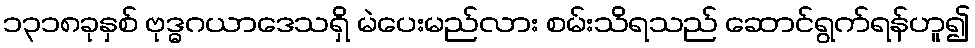
၁၃၁၈ခုနှစ် ဗုဒ္ဓဂယာဒေသရှိ မဲပေးမည်လား စမ်းသိရသည် ဆောင်ရွက်ရန်ဟူ၍